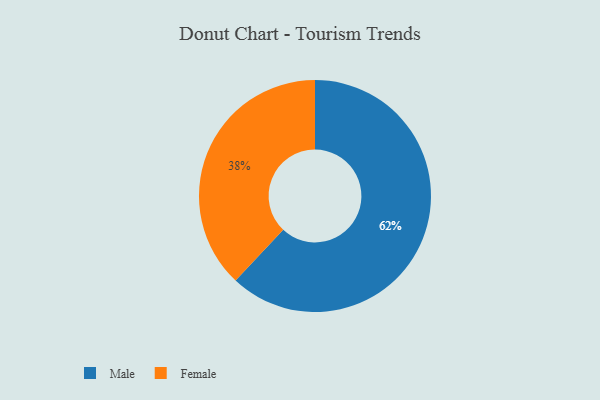
{"axis": {"x": "Category", "y": "Percentage"}, "legend": ["Female", "Male"], "data": [{"x": "Male", "y": 62, "type": "Male"}, {"x": "Female", "y": 38, "type": "Female"}]}